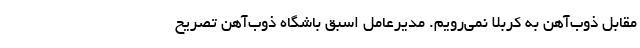
مقابل ذوب‌آهن به کربلا نمی‌رویم. مدیرعامل اسبق باشگاه ذوب‌آهن تصریح